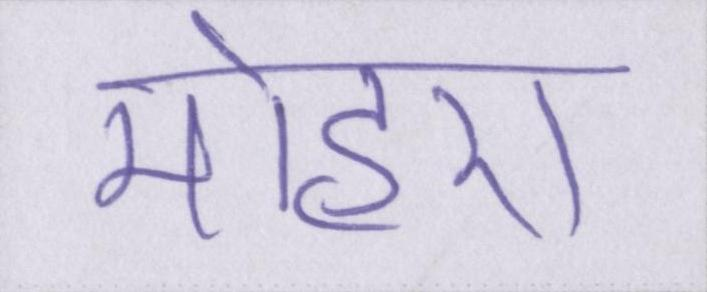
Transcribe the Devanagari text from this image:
मोहरा